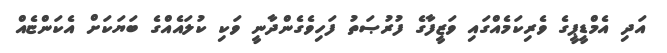
އަދި އެމްޑީޕީގެ ވެރިކަމެއްގައި ވަޒީފާގެ ފުރުޞަތު ފަހިވެގެންދާނީ ވަކި ކުލައެއްގެ ބަޔަކަށް އެކަންޏެއް